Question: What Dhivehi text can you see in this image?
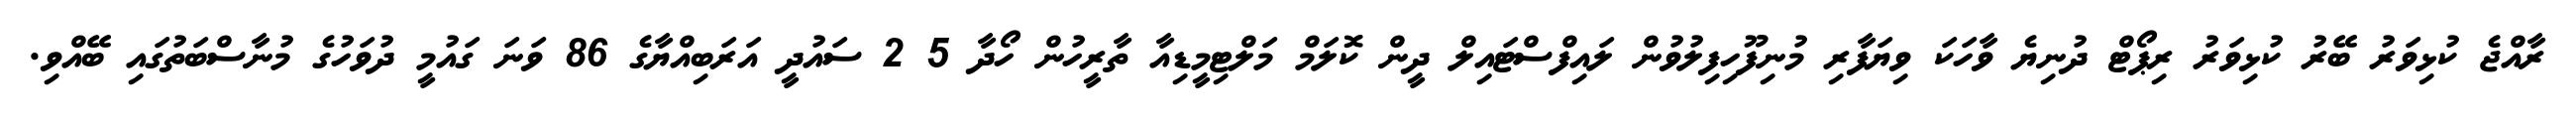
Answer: ރާއްޖެ ކުޅިވަރު ބޭރު ކުޅިވަރު ރިޕޯޓް ދުނިޔެ ވާހަކަ ވިޔަފާރި މުނިފޫހިފިލުވުން ލައިފްސްޓައިލް ދީން ކޮލަމް މަލްޓިމީޑިއާ ތާރީހުން ހޯދާ 5 2 ސައުދީ އަރަބިއްޔާގެ 86 ވަނަ ގައުމީ ދުވަހުގެ މުނާސްބަތުގައި ބޭއްވި.